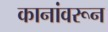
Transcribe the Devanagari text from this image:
कानांवरून